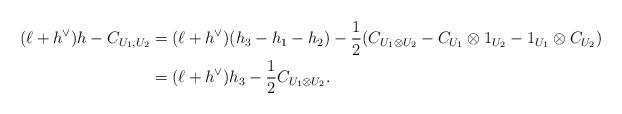
LaTeX: \begin{align*} (\ell+h^\vee)h- C_{U_1,U_2} & =(\ell+h^\vee)(h_3-h_1-h_2)-\frac{1}{2}(C_{U_1\otimes U_2}-C_{U_1}\otimes 1_{U_2}-1_{U_1}\otimes C_{U_2})\\ & = (\ell+h^\vee)h_3-\frac{1}{2}C_{U_1\otimes U_2}.\end{align*}